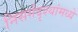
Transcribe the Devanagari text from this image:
निसर्गदृश्यांमध्ये